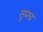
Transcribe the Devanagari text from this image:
तुमच